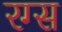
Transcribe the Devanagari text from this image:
रग्स